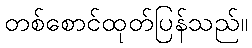
တစ်စောင်ထုတ်ပြန်သည်။